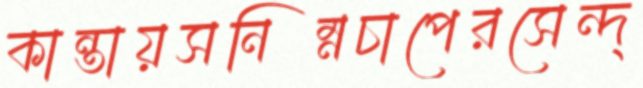
কান্তায়সনিম্নচাপেরসেন্দ্